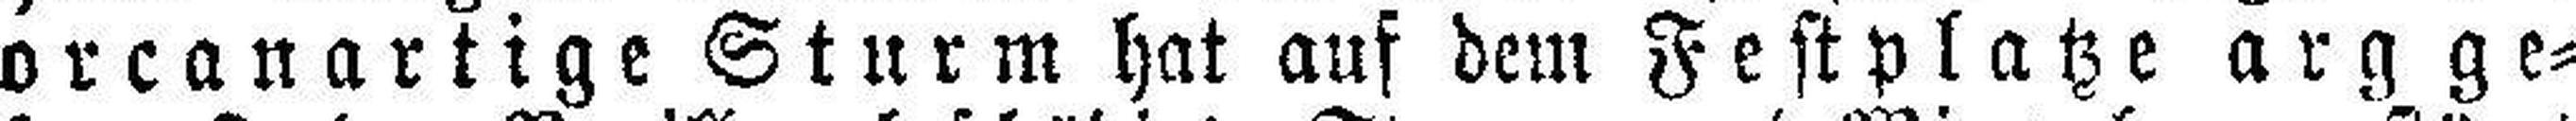
orcanartige Sturm hat auf dem Festplatze arg ge¬